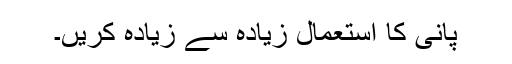
پانی کا استعمال زیادہ سے زیادہ کریں۔